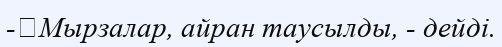
-	Мырзалар, айран таусылды, - дейді.